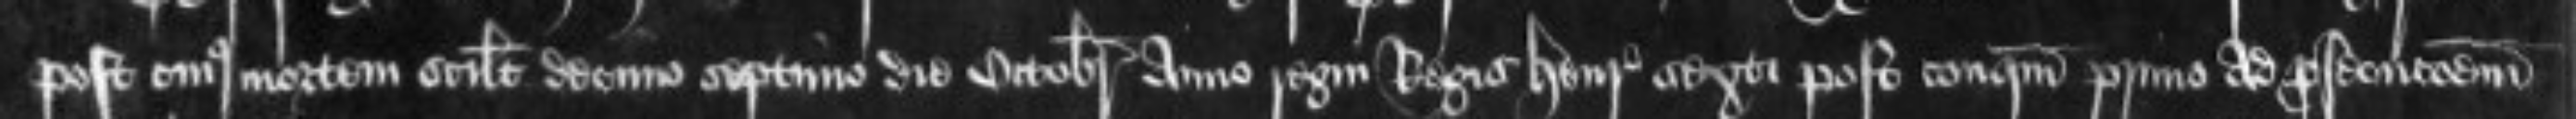
post cuius mortem scilicet decimo septimo die Octobris anno regni Regis Henrici sexti post conquestum primo ad prosecutionem